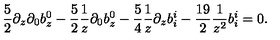
{ \frac { 5 } { 2 } } \partial _ { z } \partial _ { 0 } b _ { z } ^ { 0 } - { \frac { 5 } { 2 } } { \frac { 1 } { z } } \partial _ { 0 } b _ { z } ^ { 0 } - { \frac { 5 } { 4 } } { \frac { 1 } { z } } \partial _ { z } b _ { i } ^ { i } - { \frac { 1 9 } { 2 } } { \frac { 1 } { z ^ { 2 } } } b _ { i } ^ { i } = 0 .